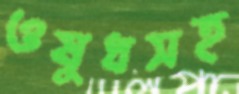
ওষুধসহ